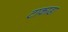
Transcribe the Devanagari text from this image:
टाकाडा